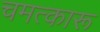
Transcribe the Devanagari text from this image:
चमत्कारू